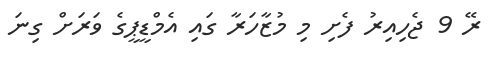
ރޭ 9 ޖެހިއިރު ފެށި މި މުޒާހަރާ ގައި އެމްޑީޕީގެ ވަރަށް ގިނަ